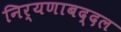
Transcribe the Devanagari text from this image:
निर्यणाबद्दल